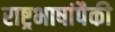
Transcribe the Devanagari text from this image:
राष्ट्रभाषांपैकी